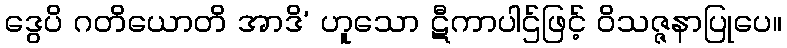
ဒွေပိ ဂတိယောတိ အာဒိ’ ဟူသော ဋီကာပါဌ်ဖြင့် ဝိသဇ္ဇနာပြုပေ။